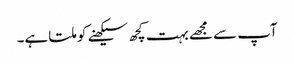
آپ سے مجھے بہت کچھ سیکھنے کو ملتا ہے۔